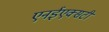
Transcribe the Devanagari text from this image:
एनईएक्सटी